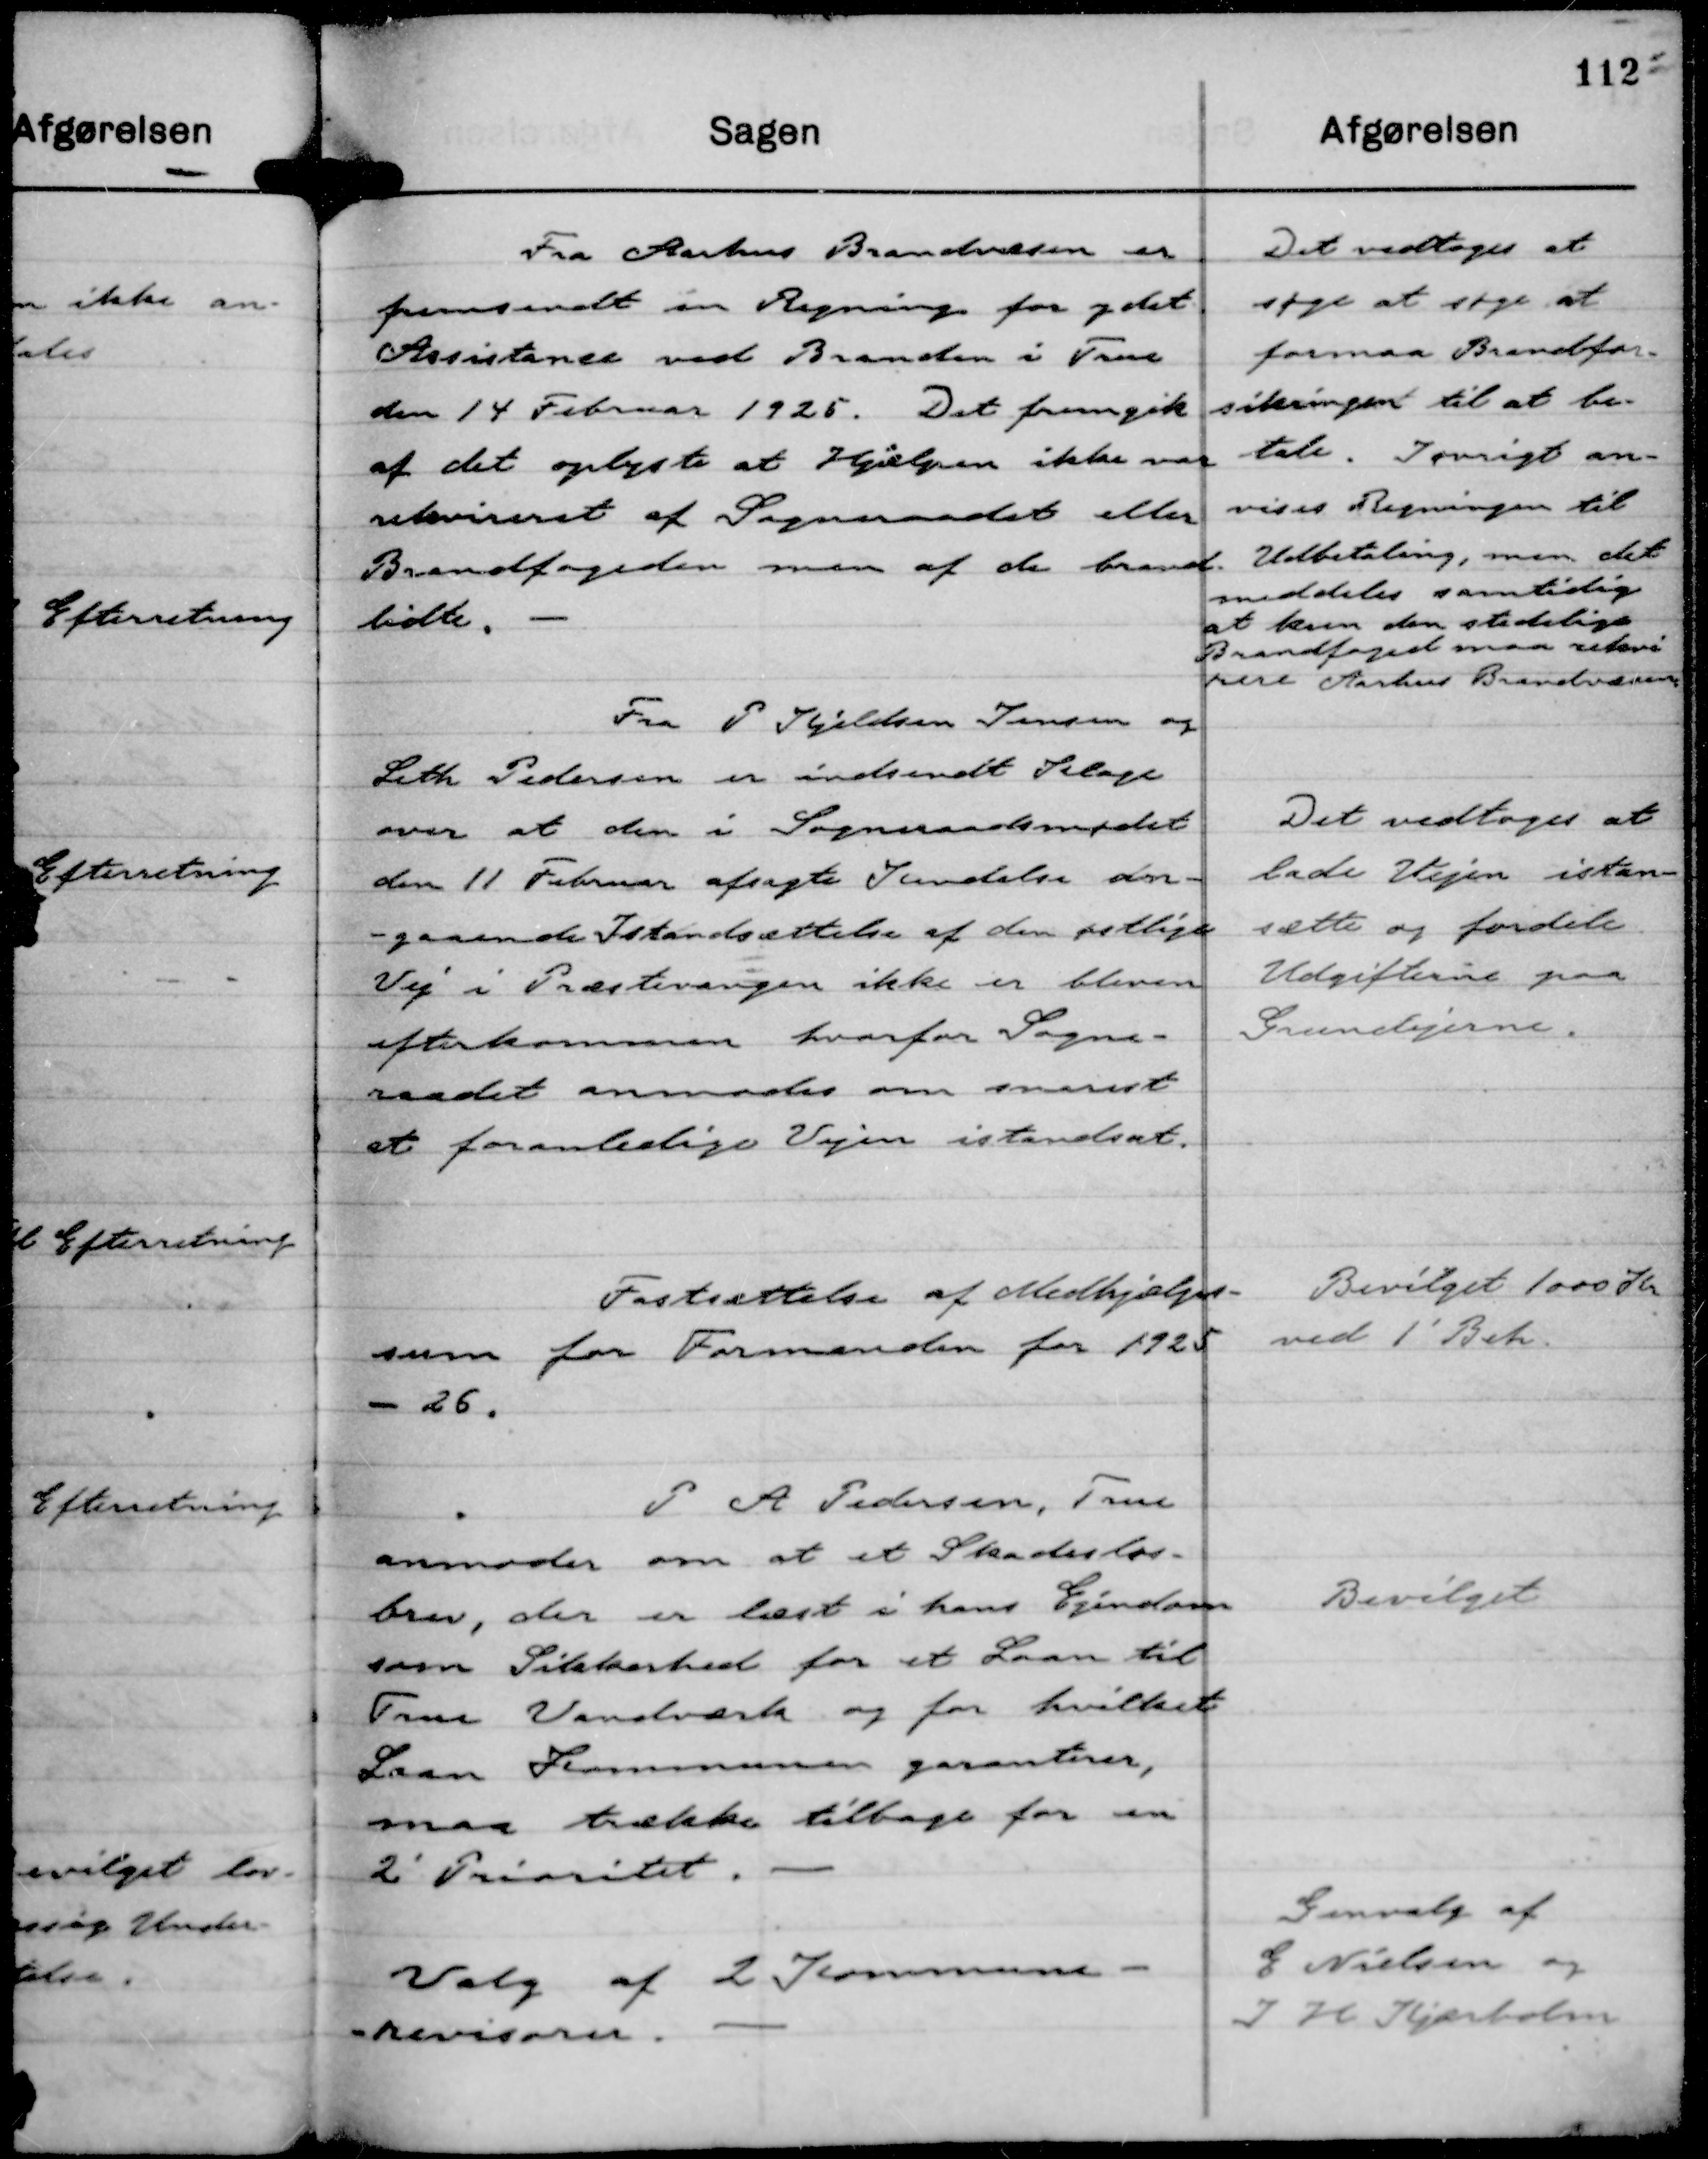
Transskription:
Fra Aarhus Brandvæsen er
fremsendt en Regning for ydet
Assistance ved Branden i True
den 14 Februar 1925. Det fremgik
af det oplyste at Hjælpen ikke var
rekvireret af Sogneraadet eller
Brandfogeden men af de brand-
lidte.

Det vedtoges at
søge at søge at
formaa Brandfor-
sikringen til at be-
tale. Iøvrigt an-
vises Regningen til
Udbetaling, men det
meddeles samtidig
at kun den stedslige
Brandfoged maa rekvi
rere Aarhus Brandvæsen.

Fra P Kjeldsen Jensen og
Leth Pedersen er indsendt Klage
over at den i Sogneraadsmødet
den 11 Februar afsagte Kendelse an-
-gaaende Istandsættelse af den østlige
Vej i Præstevangen ikke er bleven
efterkommen hvorfor Sogne-
raadet anmodes om snarest
at foranledige Vejen istandsat.

Det vedtoges at
lade Vejen istan-
sætte og fordele
Udgifterne paa
Grundejerne.

Fastsættelse af Medhjælper-
sum for Formanden for 1925
- 26.

Bevilget 1000 Kr
ved 1' Beh.

P A Pedersen, True
anmoder om at et Skadesløs-
brev, der er læst i hans Ejendom
som Sikkerhed for et Laan til
True Vandværk og for hvilket
Laan Kommunen garanterer,
maa trække tilbage for en
2' Prioritet.

Bevilget

Valg af 2 Kommune-
-revisorer.

Genvalg af
E Nielsen og
J H Kjærholm